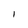
Character: l